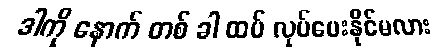
ဒါကို နောက် တစ် ခါ ထပ် လုပ်ပေးနိုင်မလား